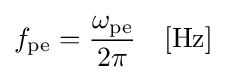
f_{\text{pe}}={\frac {\omega _{\text{pe}}}{2\pi }}\quad {\text{[Hz]}}